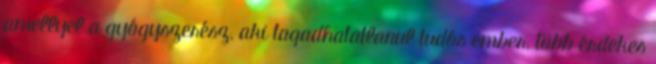
amellyel a gyógyszerész, aki tagadhatatlanul tudós ember, több érdekes